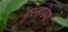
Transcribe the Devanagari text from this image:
कुल्हडि़या